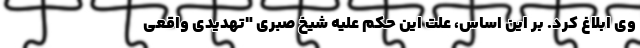
وی ابلاغ کرد. بر این اساس، علت این حکم علیه شیخ صبری "تهدیدی واقعی